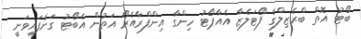
ބޯޓު އޮތް ބްރެޒިލްގެ ފޯޓަލެޒާ އެއާޕޯޓު ހިންގާ އިންފްރާއެރޯ އަތުން އެބޯޓު ގަނެފައިވަނީ